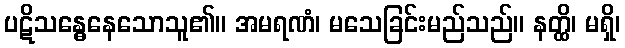
ပဋိသန္ဓေနေသောသူ၏။ အမရဏံ၊ မသေခြင်းမည်သည်။ နတ္ထိ၊ မရှိ၊